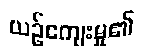
ယဉ်ကျေးမှု၏